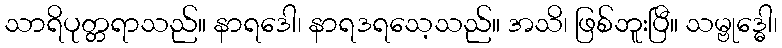
သာရိပုတ္တရာသည်။ နာရဒေါ၊ နာရဒရသေ့သည်။ အသိ၊ ဖြစ်ဘူးပြီ။ သမ္ဗုဒ္ဓေါ၊